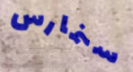
سنمارس